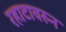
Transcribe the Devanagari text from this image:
रहाटावरुन